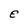
Character: E